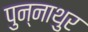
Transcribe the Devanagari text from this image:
पुन्नाथुर